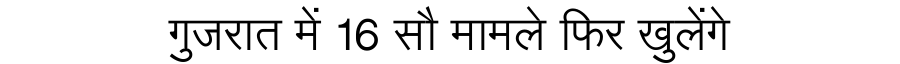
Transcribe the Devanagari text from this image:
गुजरात में 16 सौ मामले फिर खुलेंगे